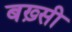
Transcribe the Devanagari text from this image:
बख़्सी